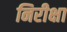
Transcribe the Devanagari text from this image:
निरीक्षा